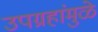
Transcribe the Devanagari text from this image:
उपग्रहांमुळे